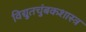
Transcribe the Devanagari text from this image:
विद्युतचुंबकशास्त्र